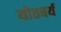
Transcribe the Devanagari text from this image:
योतबर्य